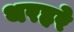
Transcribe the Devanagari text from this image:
थरहरे